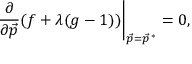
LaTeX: \left. { \frac { \partial } { \partial { \vec { p } } } } ( f + \lambda ( g - 1 ) ) \right| _ { { \vec { p } } = { \vec { p } } ^ { \, * } } = 0 ,